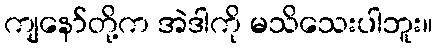
ကျနော်တို့က အဲဒါကို မသိသေးပါဘူး။